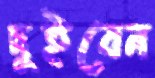
দুইবেন